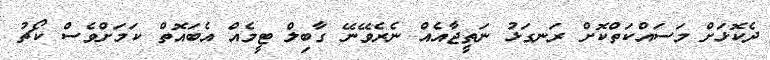
ދެކޮޅަށް މަސައްކަތްކޮށް ރަނގަޅު ނަތީޖާއެއް ނެރެވޭނޭ ގާބިލް ޓީމެއް އެބައޮތް ކަމަށްވެސް ކޯޗު